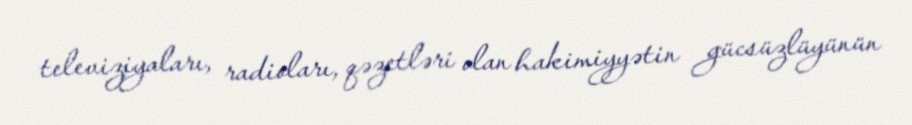
televiziyaları, radioları, qəzetləri olan hakimiyyətin gücsüzlüyünün